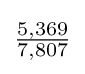
{\tfrac {5,369}{7,807}}